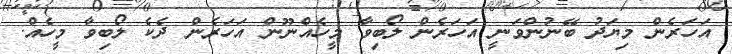
އަހަރެން މިޔަދު ބޭނުންވަނީ އަހަރެން ލޯބިވާ މީހެއްނޫން އަހަރެން ދެކެ ލޯބިވާ މީހެއް.